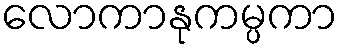
လောကာနုကမ္ပကာ